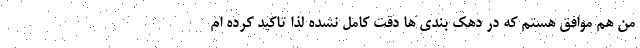
من هم موافق هستم که در دهک بندی ها دقت کامل نشده لذا تاکید کرده ام